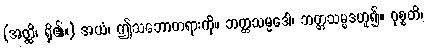
(အတ္ထိ၊ ရှိ၏။) အယံ၊ ဤသဘောတရားကို။ ဘတ္တသမ္မဒေါ၊ ဘတ္တသမ္မဒဟူ၍။ ဝုစ္စတိ၊